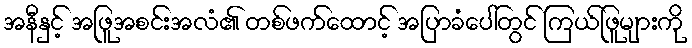
အနီနှင့် အဖြူအစင်းအလံ၏ တစ်ဖက်ထောင့် အပြာခံပေါ်တွင် ကြယ်ဖြူများကို